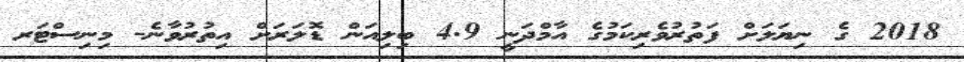
2018 ގެ ނިޔަލަށް ފަތުރުވެރިކަމުގެ އާމްދަނީ 4.9 ބިލިއަން ޑޮލަރަށް އިތުރުވާނެ- މިނިސްޓަރ